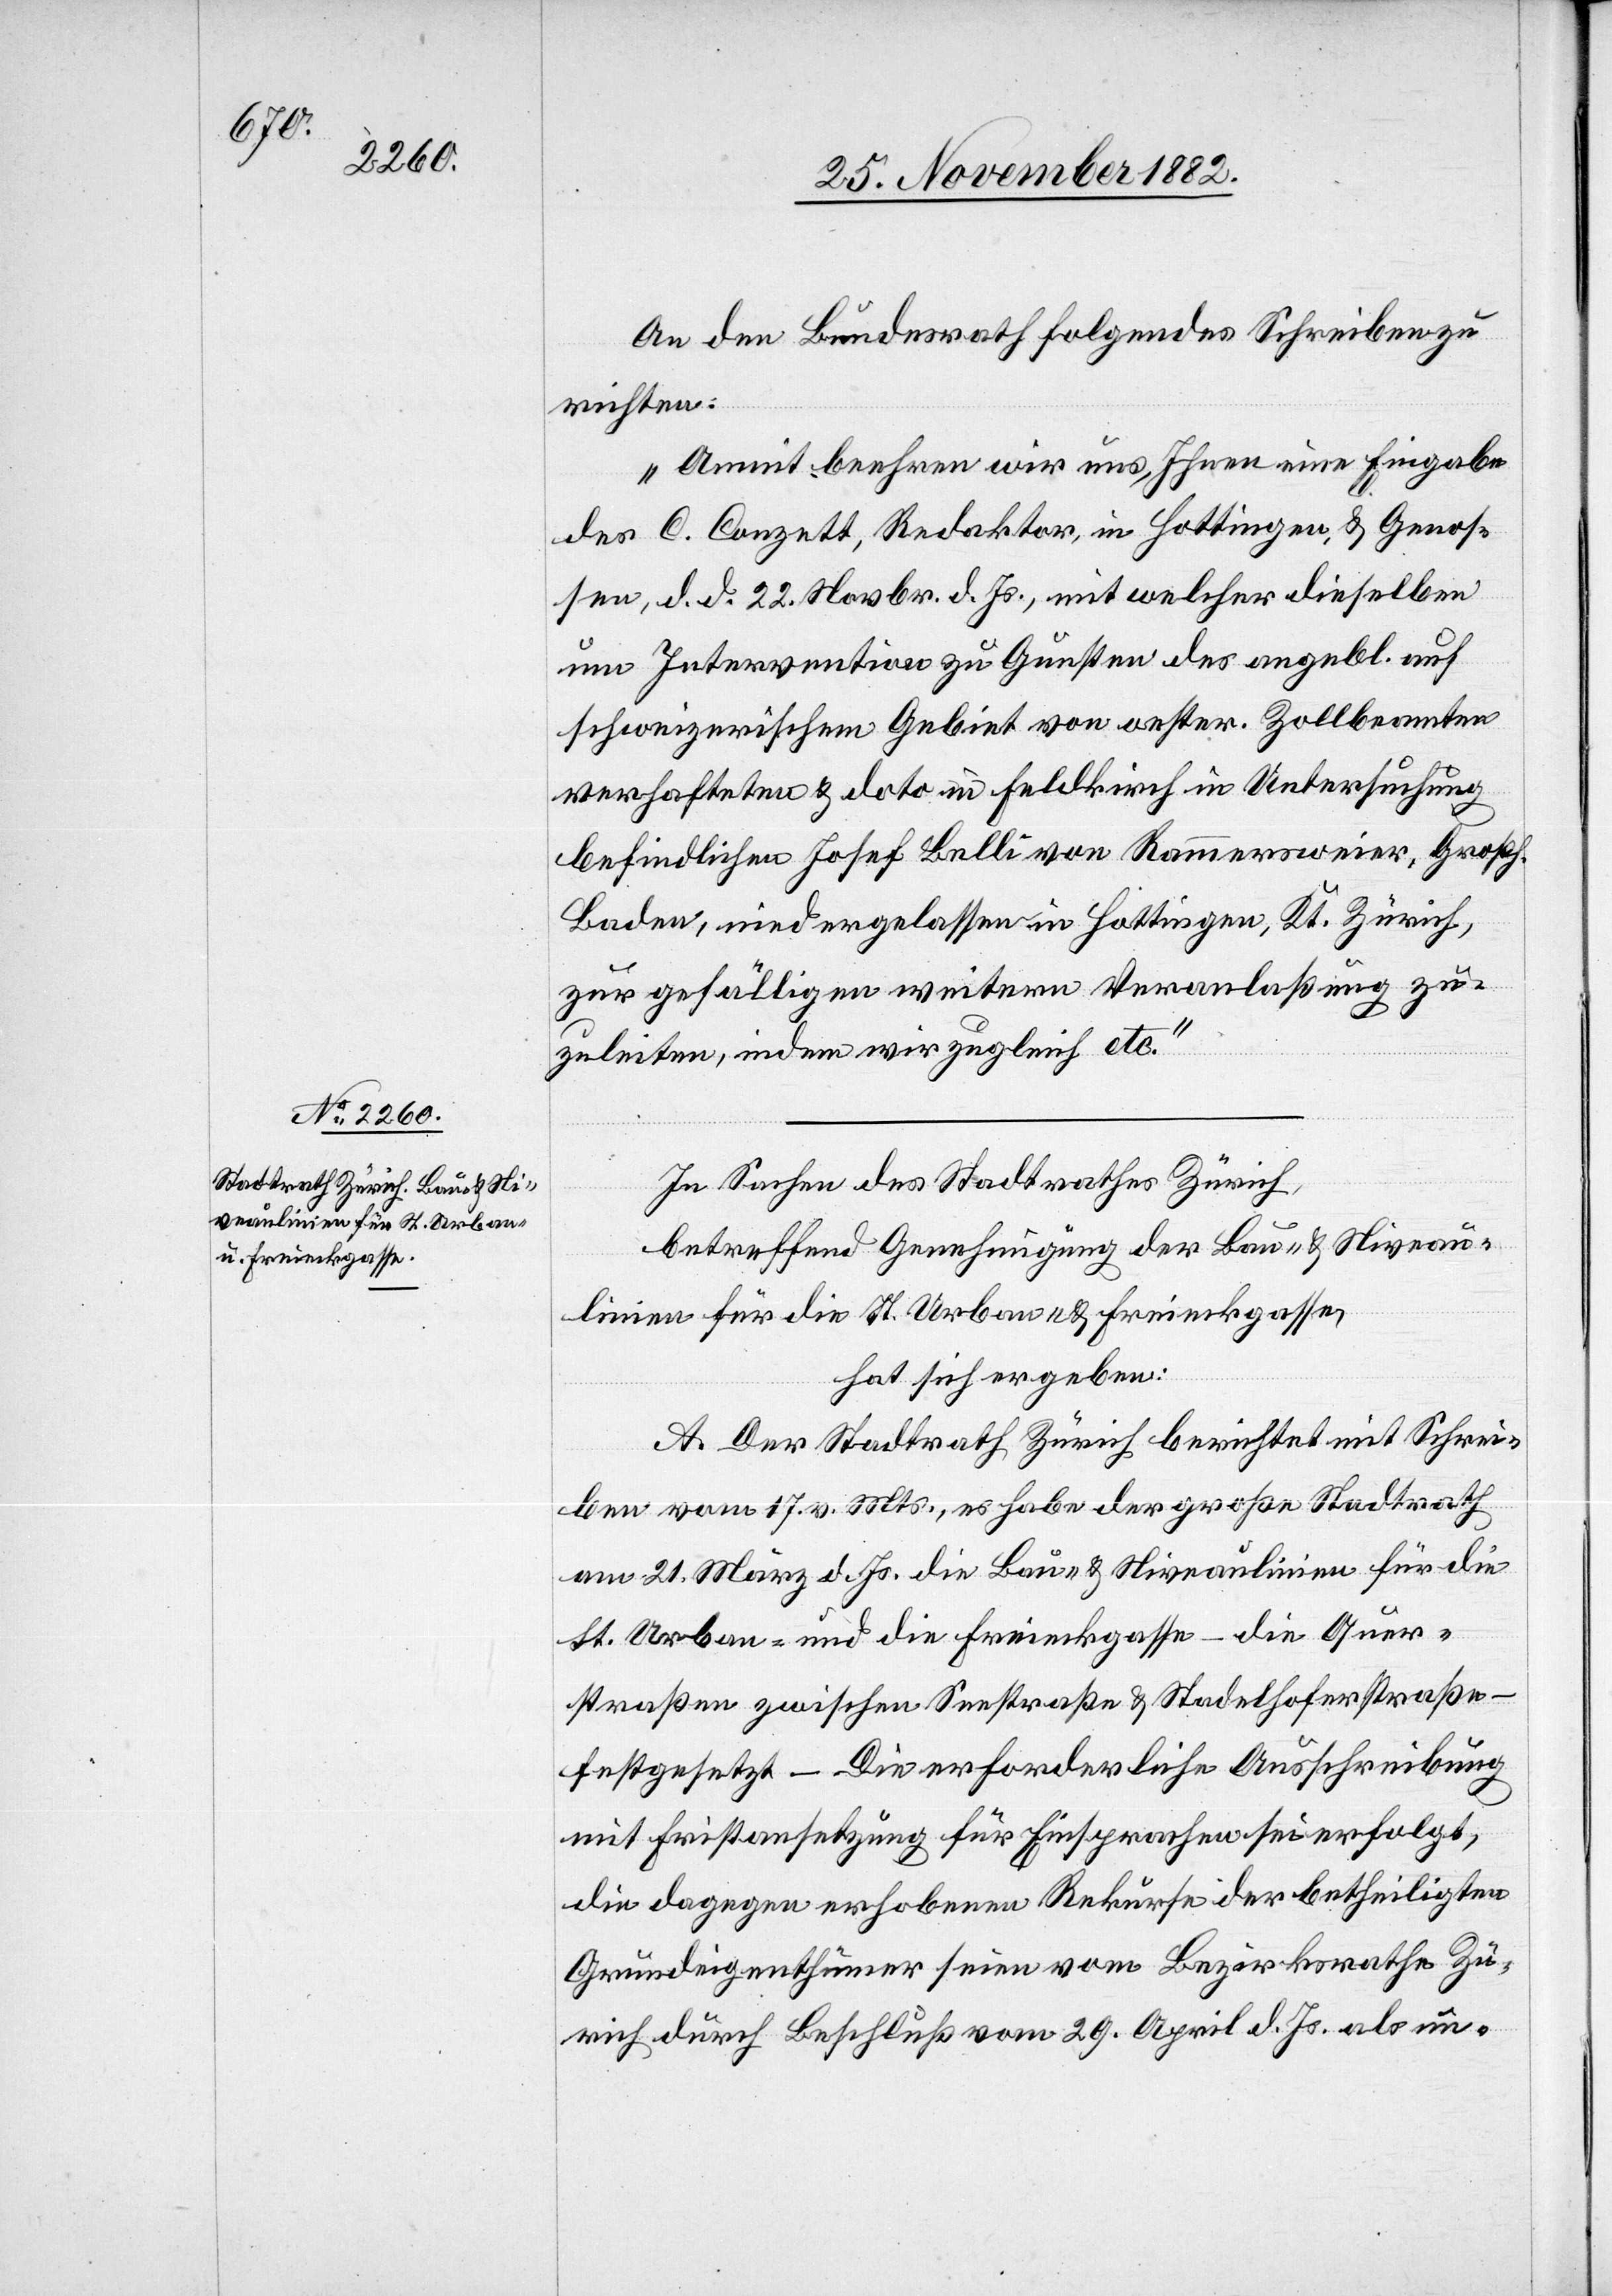
An den Bundesrath folgendes Schreiben zu
richten:
„Anmit beehren wir uns, Ihnen eine Eingabe
des C. Conzett, Redaktor, in Hottingen, & Genos¬
sen, d. d. 22. Novbr. d. Js., mit welcher dieselben
um Intervention zu Gunsten des angebl. auf
schweizerischem Gebiet von oester. Zollbeamten
verhafteten & dato in Feldkirch in Untersuchung
befindlichen Josef Belli von Rammersweier, Großh.
Baden, niedergelassen in Hottingen, Kt. Zürich,
zur gefälligen weitern Veranlaßung zu¬
zuleiten, indem wir zugleich etc.“
In Sachen des Stadtrathes Zürich,
betreffend Genehmigung der Bau- & Niveau¬
linien für die St. Urban- & Freieckgasse,
hat sich ergeben:
A: Der Stadtrath Zürich berichtet mit Schrei¬
ben vom 17. v. Mts., es habe der große Stadtrath
am 21. März d. Js. die Bau- & Niveaulinien für die
St. Urban- und die Freieckgasse – die Quer¬
straßen zwischen Seestraße & Stadelhoferstraße –
festgesetzt. – Die erforderliche Ausschreibung
mit Fristansetzung für Einsprachen sei erfolgt,
die dagegen erhobenen Rekurse der betheiligten
Grundeigenthümer seien vom Bezirksrathe Zü¬
rich durch Beschluß vom 29. April d. Js. als un-